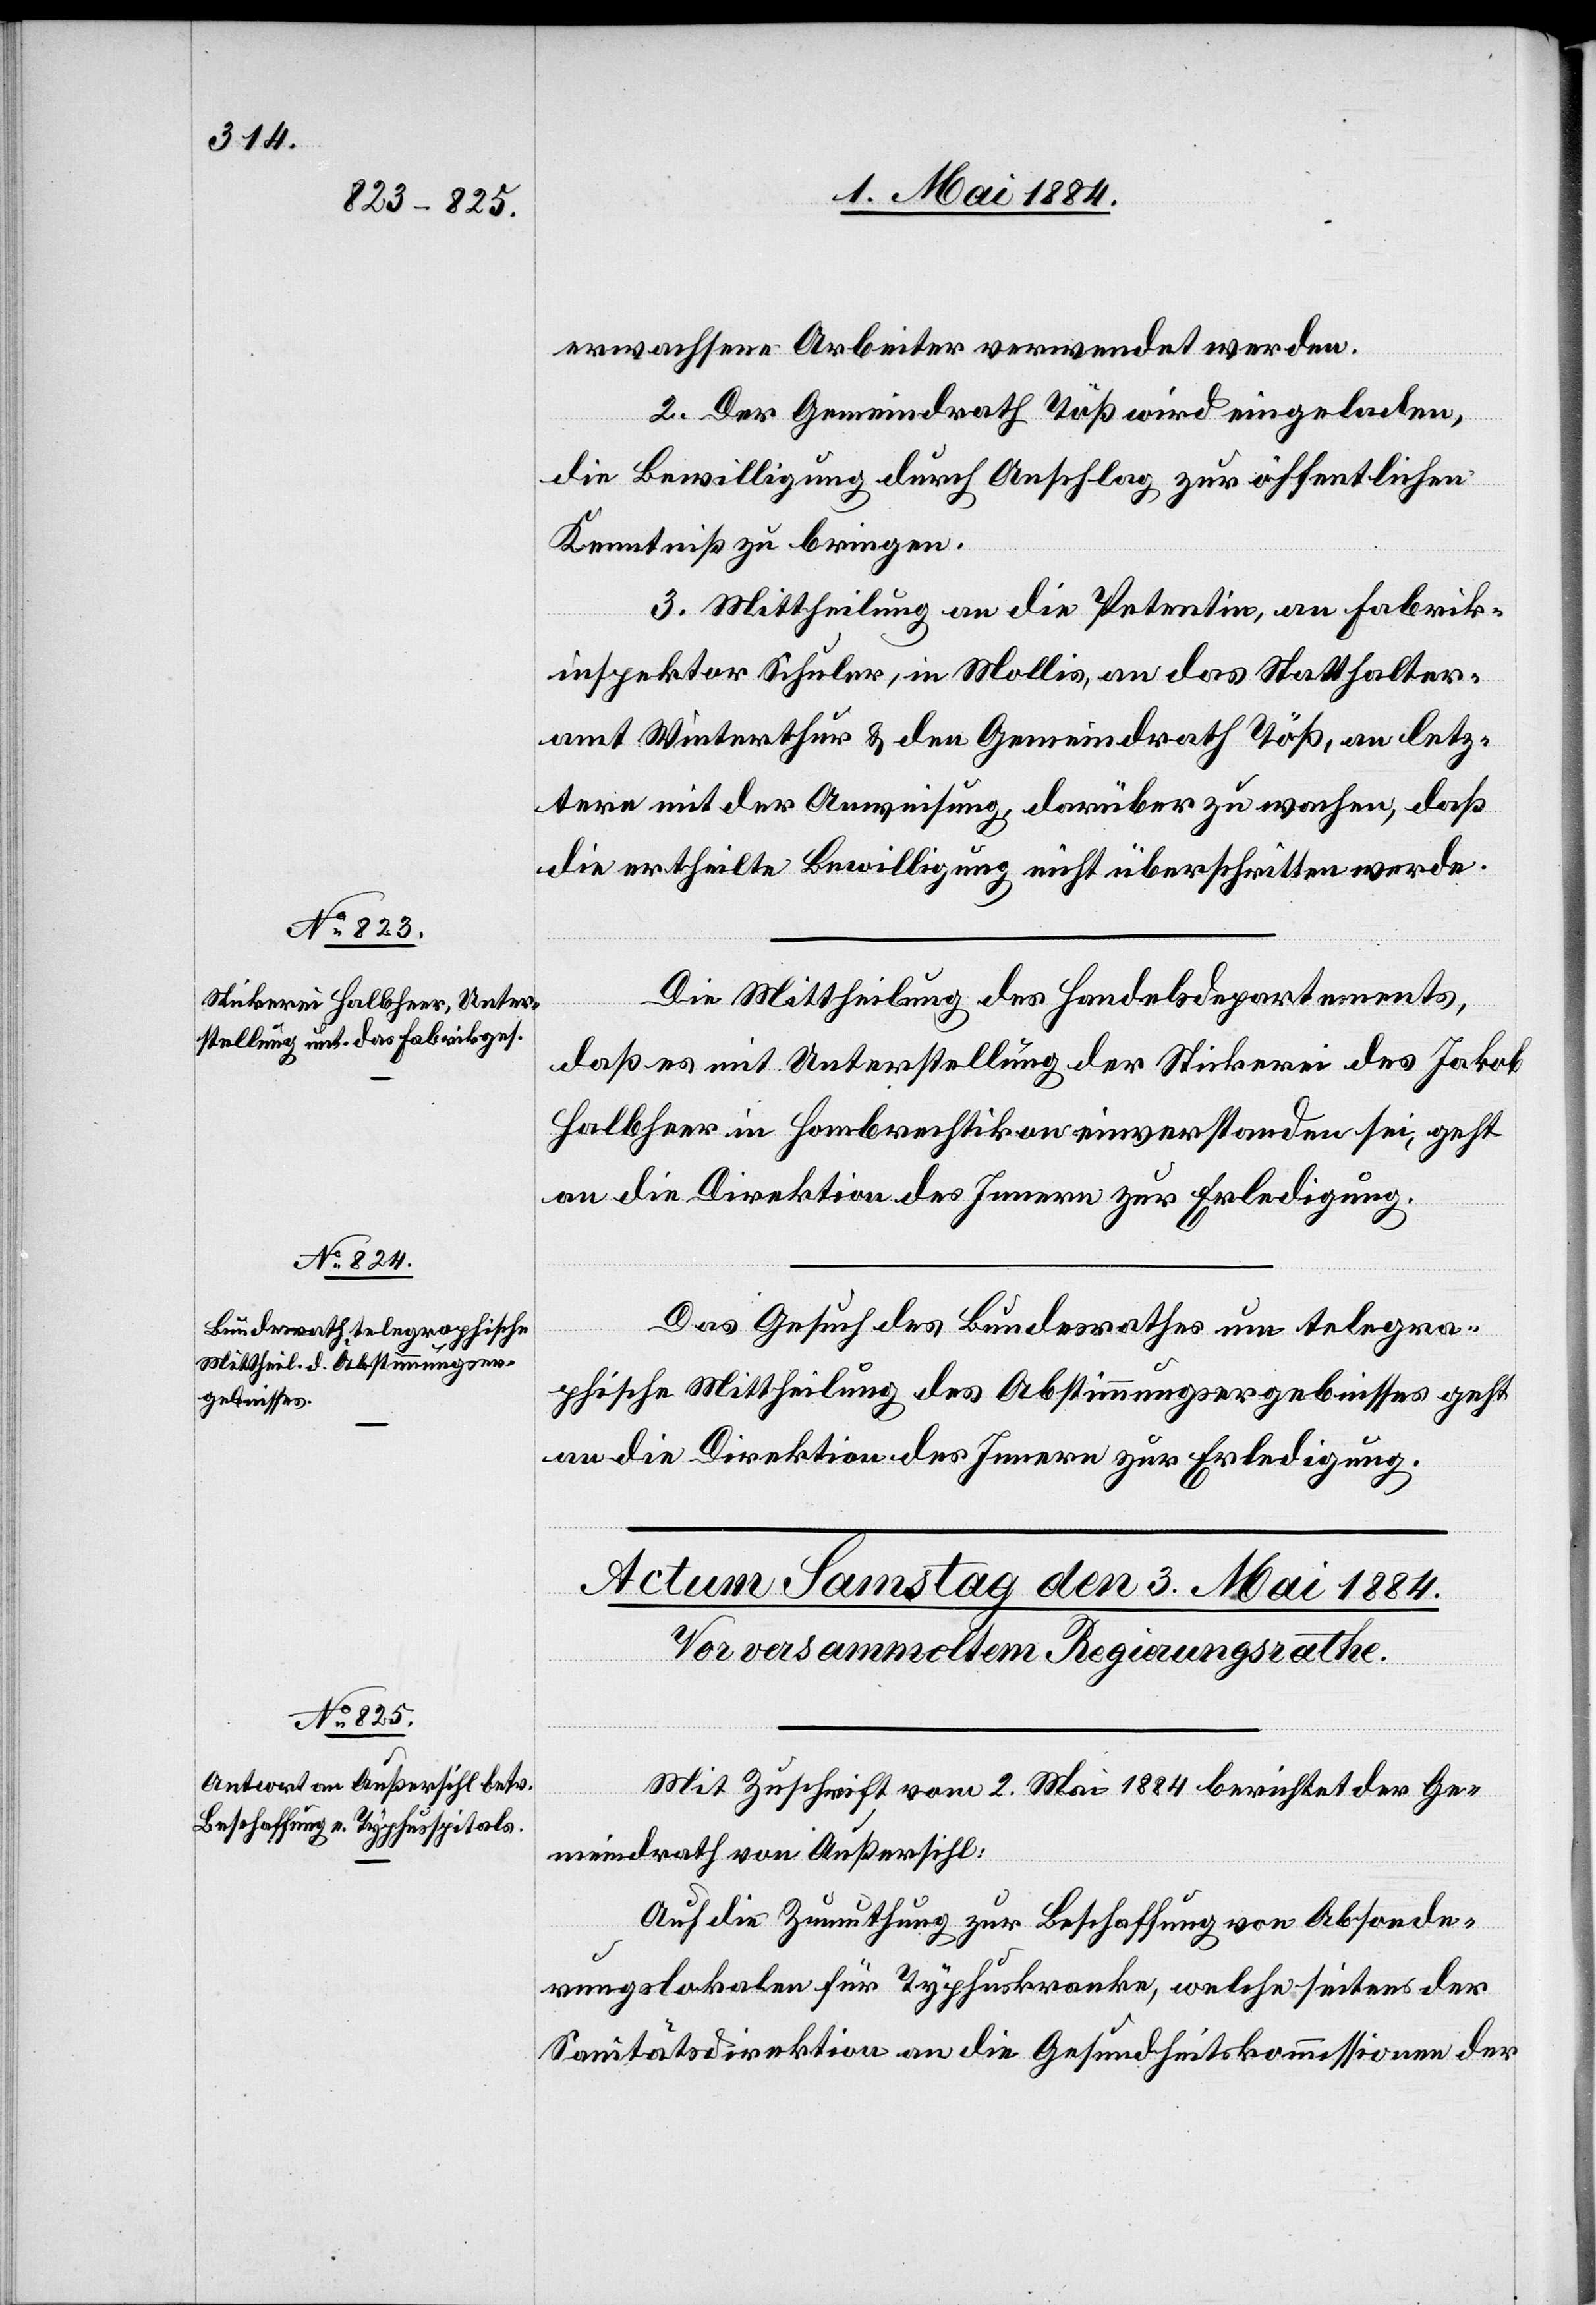
2. Mai 1884.]
erwachsene Arbeiter verwendet werden.
2. Der Gemeindrath Töß wird eingeladen,
die Bewilligung durch Anschlag zur öffentlichen
Kenntniß zu bringen.
3. Mittheilung an die Petentin, an Fabrik¬
inspektor Schuler, in Mollis, an das Statthalter¬
amt Winterthur & den Gemeindrath Töß an letz¬
tern mit der Anweisung, darüber zu wachen, daß
die ertheilte Bewilligung nicht überschritten werde.
Die Mittheilung des Handelsdepartements,
daß es mit Unterstellung der Stickerei des Jakob
Halbheer in Hombrechtikon einverstanden sei, geht
an die Direktion des Innern zur Erledigung.
Das Gesuch des Bundesrathes um telegra¬
phische Mittheilung des Abstimmungsergebnisses geht
an die Direktion des Innern zur Erledigung.
Mit Zuschrift vom 2. Mai 1884 berichtet der Ge¬
meindrath von Außersihl:
Auf die Zumuthung zur Beschaffung von Absonde¬
rungslokalen für Typhuskranke, welche seitens der
Sanitätsdirektion an die Gesundheitskommissionen der